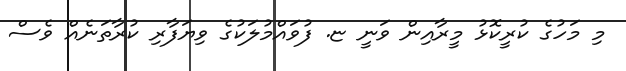
މި މަހުގެ ކުރީކޮޅު މީރާއިން ވަނީ ޏ. ފުވައްމުލަކުގެ ވިޔަފާރި ކުރާތަނެއް ވެސް